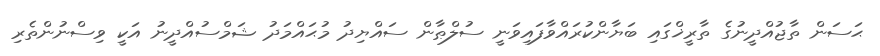
ޙަސަން ތާޖުއްދީނުގެ ތާރީޚްގައި ބަޔާންކުރައްވާފައިވަނީ ސުލްޠާން ސައްޔިދު މުޙައްމަދު ޝަމްސުއްދީނު އަކީ ވިސްނުންތެރި